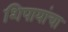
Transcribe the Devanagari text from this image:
शिपायांचा